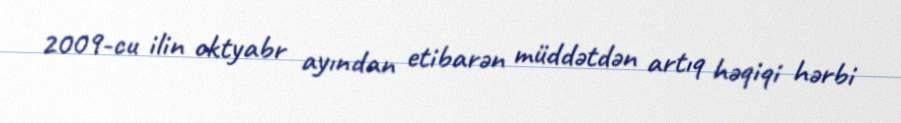
2009-cu ilin oktyabr ayından etibarən müddətdən artıq həqiqi hərbi